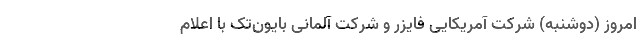
امروز (دوشنبه) شرکت آمریکایی فایزر و شرکت آلمانی بایون‌تک با اعلام